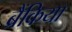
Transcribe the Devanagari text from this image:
ब्रैंकिया